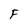
Character: F